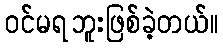
ဝင်မရဘူးဖြစ်ခဲ့တယ်။